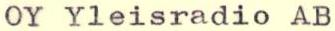
OY Yleisradio AB